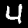
Digit: 4